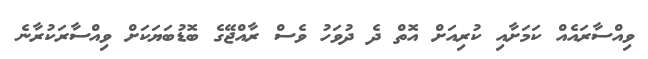
ވިއްސާރައެއް ކަަަމަށާއި ކުރިއަށް އޮތް ދެ ދުވަހު ވެސް ރާއްޖޭގެ ބޮޑުބަޔަކަށް ވިއްސާރަކުރާނެ